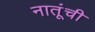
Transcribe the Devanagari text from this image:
नातूंची